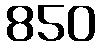
850